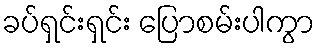
ခပ်ရှင်းရှင်း ပြောစမ်းပါကွာ